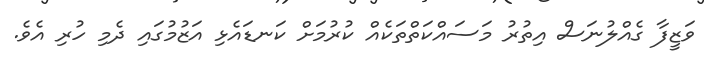
ވަޒީފާ ގެއްލުނަސް އިތުރު މަސައްކަތްތަކެއް ކުރުމަށް ކަނޑައެޅި އަޒުމުގައި ދެމި ހުރި އެވެ.